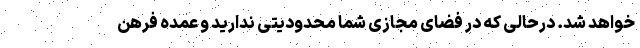
خواهد شد. درحالی که در فضای مجازی شما محدودیتی ندارید و عمده فرهن